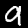
Digit: 9